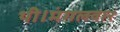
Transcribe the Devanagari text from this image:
थी।मंगलवार